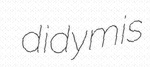
didymis